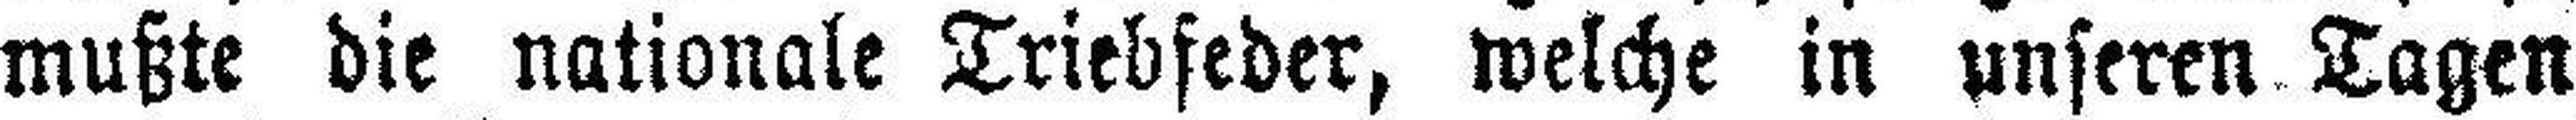
mußte die nationale Triebfeder, welche in unseren Tagen